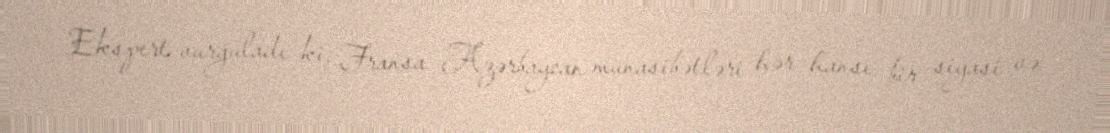
Ekspert vurğuladı ki, Fransa Azərbaycan münasibətləri hər hansı bir siyasi və